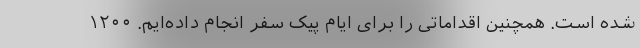
شده است. همچنین اقداماتی را برای ایام پیک سفر انجام داده‌ایم. ۱۲۰۰